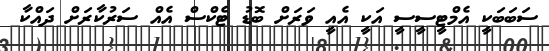
ސަބަބަކީ އެމްޓީސީސީ އަކީ އެއީ ވަރަށް ބޮޑު ޓެކްސް އެއް ސަރުކާރަށް ދައްކާ